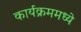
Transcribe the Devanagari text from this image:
कार्यक्रममध्ये